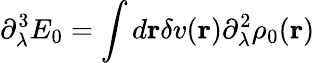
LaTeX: \partial_{\lambda}^{3}E_{0}=\int d{\mathbf r}\delta v({\mathbf r})\partial_{\lambda}^{2}\rho_{0}({\mathbf r})